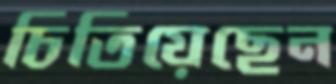
চিতিয়েছেন